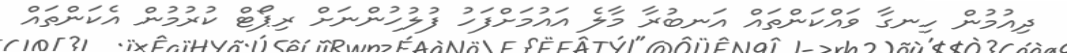
ދިއުމުން ހިނގާ ވައްކަންތައް އަނބުރާ މާލެ އައުމަށްފަހު ފުލުހުންނަށް ރިޕޯޓް ކުރުމުން އެކަންތައް